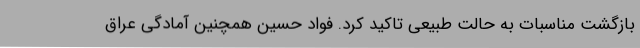
بازگشت مناسبات به حالت طبیعی تاکید کرد. فواد حسین همچنین آمادگی عراق